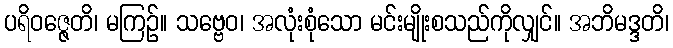
ပရိဝဇ္ဇေတိ၊ မကြဉ်။ သဗ္ဗေဝ၊ အလုံးစုံသော မင်းမျိုးစသည်ကိုလျှင်။ အဘိမဒ္ဒတိ၊